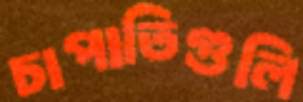
চাপাতিগুলি